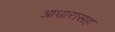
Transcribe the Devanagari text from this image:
आधारासह